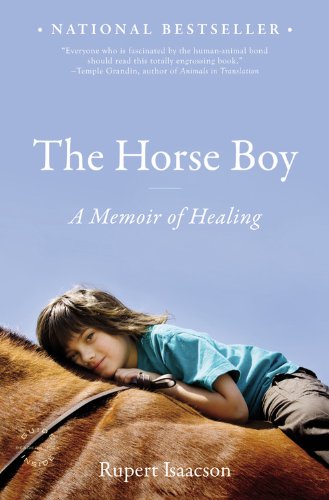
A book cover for The Horse Boy: A Memoir of Healing; Rupert Isaacson; Biographies & Memoirs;